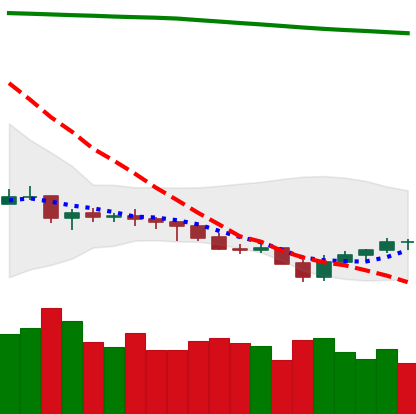
Ticker: NEO-USD
Chart end date: 2021-07-25
Forward return: 35.943%
Label: up_7plus